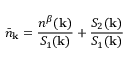
{ \bar { n } } _ { { \bf { k } } } = \frac { n ^ { \beta } ( { \bf { k } } ) } { S _ { 1 } ( { \bf { k } } ) } + \frac { S _ { 2 } ( { \bf { k } } ) } { S _ { 1 } ( { \bf { k } } ) }